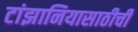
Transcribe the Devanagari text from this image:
टांझानियासाठीची